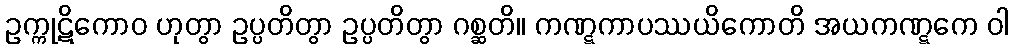
ဥက္ကုဋိကောဝ ဟုတွာ ဥပ္ပတိတွာ ဥပ္ပတိတွာ ဂစ္ဆတိ။ ကဏ္ဋကာပဿယိကောတိ အယကဏ္ဋကေ ဝါ